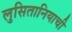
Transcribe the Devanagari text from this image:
लुसितानियाची